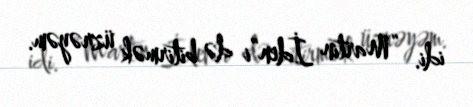
idi. “Martin İden”i də bitirmək üzrəyəm.